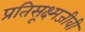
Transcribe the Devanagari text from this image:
प्रतिसूक्ष्मजीवी